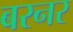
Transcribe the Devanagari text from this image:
बरनर